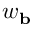
w _ { \mathbf { b } }